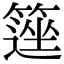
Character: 𥲽